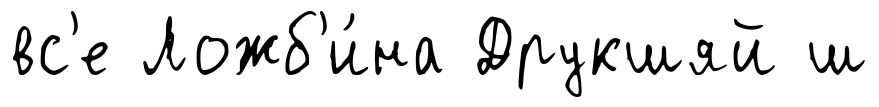
вс'е Ложб'и́на Друкшяй ш